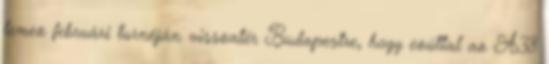
lemez februári turnéján visszatér Budapestre, hogy ezúttal az A38